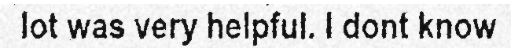
lot was very helpful. I dont know